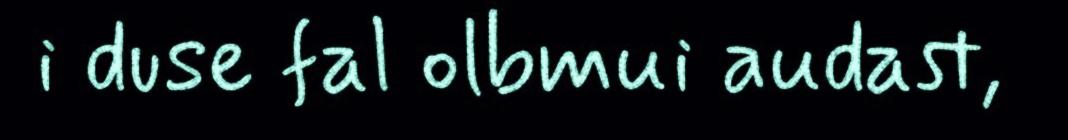
i duse fal olbmui audast,